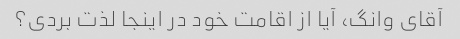
آقای وانگ، آیا از اقامت خود در اینجا لذت بردی؟